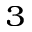
^ { 3 }